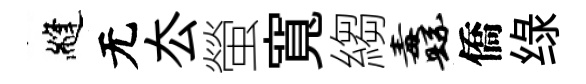
縫无厺螢寬縐纛僑绿